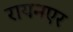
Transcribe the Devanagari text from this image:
रायनएर